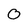
Character: O